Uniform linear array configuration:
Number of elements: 12
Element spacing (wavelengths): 0.25
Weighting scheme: exponential
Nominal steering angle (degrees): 60
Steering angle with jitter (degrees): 59.391
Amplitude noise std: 0.05
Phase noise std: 0.05

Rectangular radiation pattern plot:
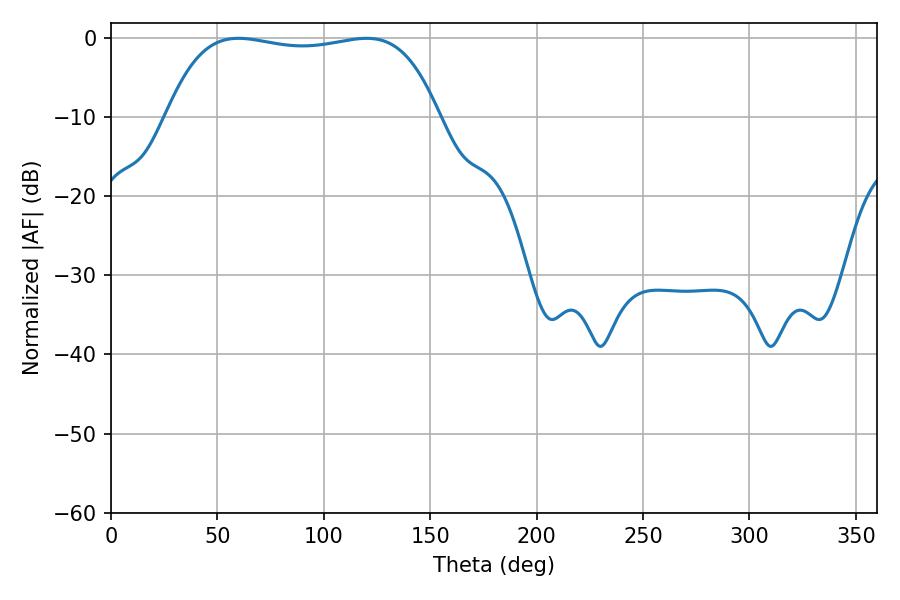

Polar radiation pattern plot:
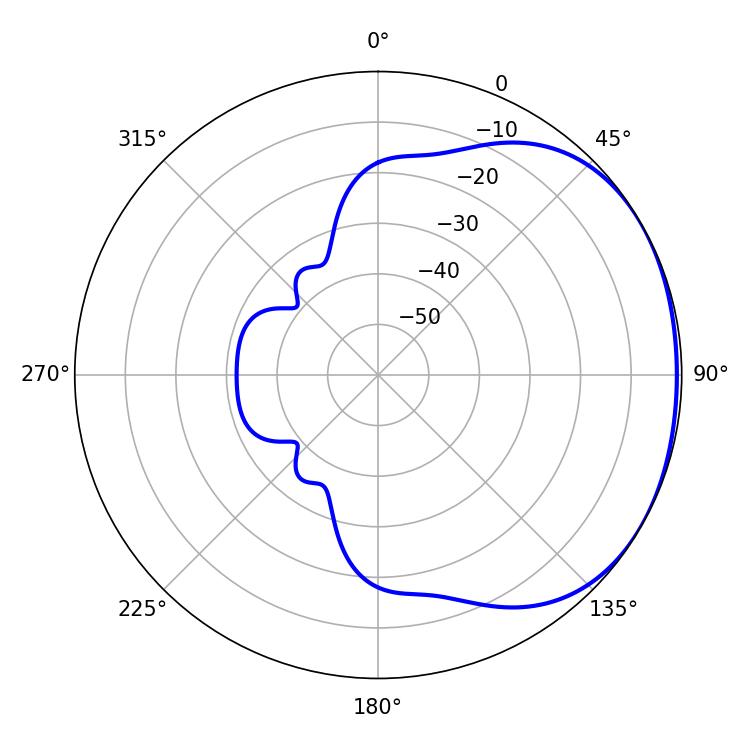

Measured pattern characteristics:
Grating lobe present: FALSE
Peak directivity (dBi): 1.43
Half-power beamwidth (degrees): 102.24
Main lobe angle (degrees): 59.94